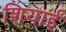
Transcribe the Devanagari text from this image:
शियाई